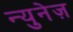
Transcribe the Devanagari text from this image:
न्युनेज़